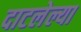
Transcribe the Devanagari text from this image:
दाटलेल्या